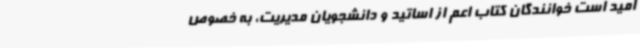
امید است خوانندگان کتاب اعم از اساتید و دانشجویان مدیریت، به خصوص